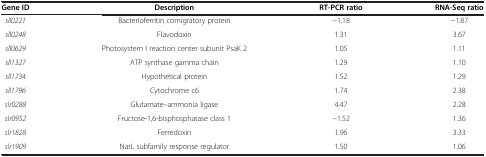
| Gene ID | Description | RT-PCR ratio | RNA-Seq ratio |
 | --- | --- | --- | --- |
 | sll0221 | Bacterioferritin comigratory protein | −1.18 | −1.87 |
 | sll0248 | Flavodoxin | 1.31 | 3.67 |
 | sll0629 | Photosystem I reaction center subunit PsaK 2 | 1.05 | 1.11 |
 | sll1327 | ATP synthase gamma chain | 1.29 | 1.10 |
 | sll1734 | Hypothetical protein | 1.52 | 1.29 |
 | sll1796 | Cytochrome c6 | 1.74 | 2.38 |
 | slr0288 | Glutamate--ammonia ligase | 4.47 | 2.28 |
 | slr0952 | Fructose-1,6-bisphosphatase class 1 | −1.52 | 1.36 |
 | slr1828 | Ferredoxin | 1.96 | 3.33 |
 | slr1909 | NarL subfamily response regulator | 1.50 | 1.06 |